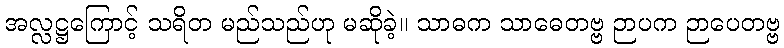
အလ္လဋ္ဌကြောင့် သရိတ မည်သည်ဟု မဆိုခဲ့။ သာဓက သာဓေတဗ္ဗ ဉာပက ဉာပေတဗ္ဗ